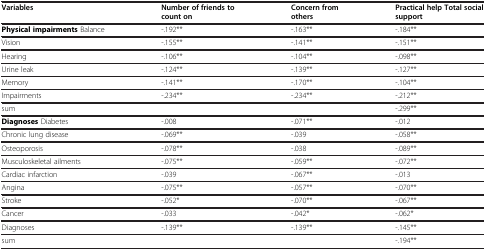
<table><thead><tr><td><b>Variables</b></td><td><b>Number of friends to count on</b></td><td><b>Concern from others</b></td><td><b>Practical help Total social support</b></td></tr></thead><tbody><tr><td><b>Physical impairments</b> Balance</td><td>-.192**</td><td>-.163**</td><td>-.184**</td></tr><tr><td>Vision</td><td>-.155**</td><td>-.141**</td><td>-.151**</td></tr><tr><td>Hearing</td><td>-.106**</td><td>-.104**</td><td>-.098**</td></tr><tr><td>Urine leak</td><td>-.124**</td><td>-.139**</td><td>-.127**</td></tr><tr><td>Memory</td><td>-.141**</td><td>-.170**</td><td>-.104**</td></tr><tr><td>Impairments</td><td>-.234**</td><td>-.234**</td><td>-.212**</td></tr><tr><td>sum</td><td> </td><td> </td><td>-.299**</td></tr><tr><td><b>Diagnoses</b> Diabetes</td><td>-.008</td><td>-.071**</td><td>-.012</td></tr><tr><td>Chronic lung disease</td><td>-.069**</td><td>-.039</td><td>-.058**</td></tr><tr><td>Osteoporosis</td><td>-.078**</td><td>-.038</td><td>-.089**</td></tr><tr><td>Musculoskeletal ailments</td><td>-.075**</td><td>-.059**</td><td>-.072**</td></tr><tr><td>Cardiac infarction</td><td>-.039</td><td>-.067**</td><td>-.013</td></tr><tr><td>Angina</td><td>-.075**</td><td>-.057**</td><td>-.070**</td></tr><tr><td>Stroke</td><td>-.052*</td><td>-.070**</td><td>-.067**</td></tr><tr><td>Cancer</td><td>-.033</td><td>-.042*</td><td>-.062*</td></tr><tr><td>Diagnoses</td><td>-.139**</td><td>-.139**</td><td>-.145**</td></tr><tr><td>sum</td><td> </td><td> </td><td>-.194**</td></tr></tbody></table>